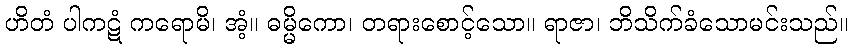
ဟိတံ ပါကဋံ ကရောမိ၊ အံ့။ ဓမ္မိကော၊ တရားစောင့်သော။ ရာဇာ၊ ဘိသိက်ခံသောမင်းသည်။